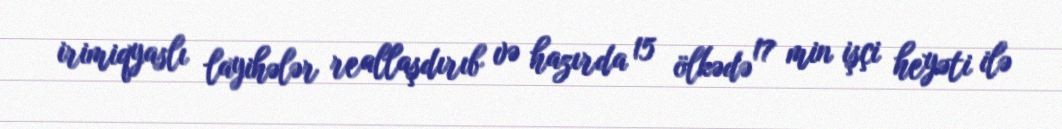
irimiqyaslı layihələr reallaşdırıb və hazırda 15 ölkədə 17 min işçi heyəti ilə